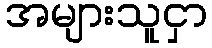
အများသူငှာ